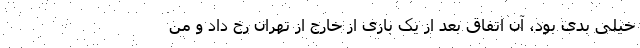
خیلی بدی بود، آن اتفاق بعد از یک بازی از خارج از تهران رخ داد و من